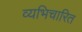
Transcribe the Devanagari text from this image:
व्यभिचारित